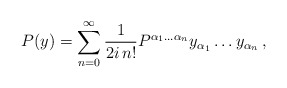
\begin{align*}P(y )=\sum_{n=0}^{\infty}\frac{1}{2i\,n!} P^{\alpha_1\ldots\alpha_n} y_{\alpha_1}\ldots y_{\alpha_n}\,,\end{align*}